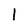
Character: l